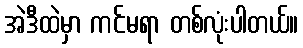
အဲဒီထဲမှာ ကင်မရာ တစ်လုံးပါတယ်။